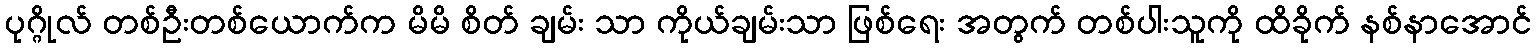
ပုဂ္ဂိုလ် တစ်ဦးတစ်ယောက်က မိမိ စိတ် ချမ်း သာ ကိုယ်ချမ်းသာ ဖြစ်ရေး အတွက် တစ်ပါးသူကို ထိခိုက် နစ်နာအောင်